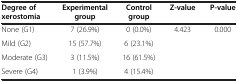
<table><thead><tr><td><b>Degree of xerostomia</b></td><td><b>Experimental group</b></td><td><b>Control group</b></td><td><b>Z-value</b></td><td><b>P-value</b></td></tr></thead><tbody><tr><td>None (G1)</td><td>7 (26.9%)</td><td>0 (0.0%)</td><td rowspan="3">4.423</td><td rowspan="3">0.000</td></tr><tr><td>Mild (G2)</td><td>15 (57.7%)</td><td>6 (23.1%)</td></tr><tr><td>Moderate (G3)</td><td>3 (11.5%)</td><td>16 (61.5%)</td></tr><tr><td>Severe (G4)</td><td>1 (3.9%)</td><td>4 (15.4%)</td><td> </td><td> </td></tr></tbody></table>